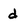
Character: d